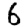
Digit: 6